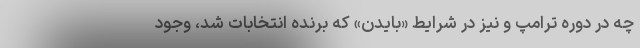
چه در دوره ترامپ و نیز در شرایط «بایدن» که برنده انتخابات شد، وجود